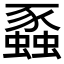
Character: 蟸